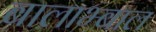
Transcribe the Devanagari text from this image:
बालाभ्बाल